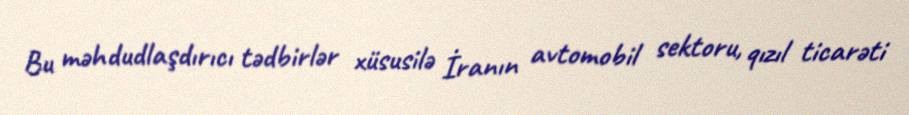
Bu məhdudlaşdırıcı tədbirlər xüsusilə İranın avtomobil sektoru, qızıl ticarəti